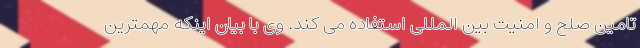
تامین صلح و امنیت بین المللی استفاده می کند. وی با بیان اینکه مهمترین